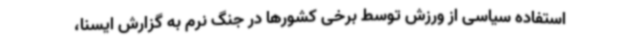
استفاده سیاسی از ورزش توسط برخی کشورها در جنگ نرم به گزارش ایسنا،